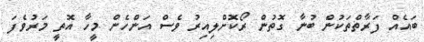
ބައެއް ފަރާތްތަކުން ބުނާ ގޮތުން ރޯކޮށްލިއިރު ވެސް އަންހެން މީހާ އޮތީ މަރުވެފަ